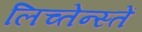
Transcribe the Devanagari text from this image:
लिच्तेन्स्तें